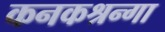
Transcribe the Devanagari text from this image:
कनकश्रन्गा